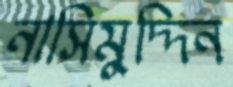
নাসিমুদ্দিন